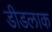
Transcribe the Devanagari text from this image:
डीडलाक